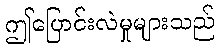
ဤပြောင်းလဲမှုများသည်